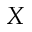
X